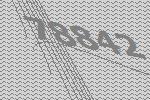
78842